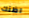
اظنك